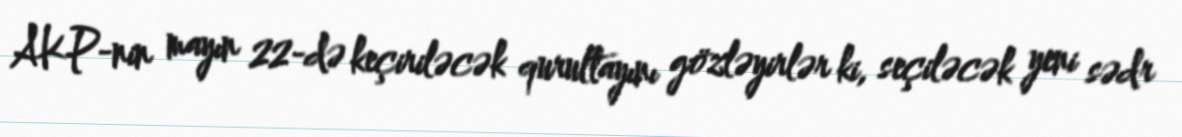
AKP-nin mayın 22-də keçiriləcək qurultayını gözləyirlər ki, seçiləcək yeni sədr